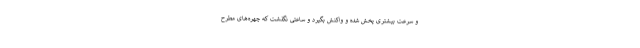
و سرعت بیشتری پخش شده و واکنش بگیرد و ساعتی نگذشت که چهره‌های مطرح